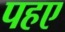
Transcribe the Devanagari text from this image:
पहए